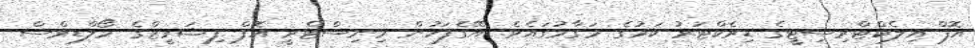
އޮފް އިލެކްޓްރިސިޓީގެ ޑިރެކްޓަރު ކަމުގެ މަގާމުގައެވެ. އޭގެފަހުން މިނިސްޓްރީ އޮފް ފިޝަރީޒްގެ މޯލްޑިވްސް